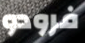
فرودو